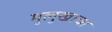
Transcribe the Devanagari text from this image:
मुलुखाचा